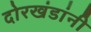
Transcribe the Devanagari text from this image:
दोरखंडांनी